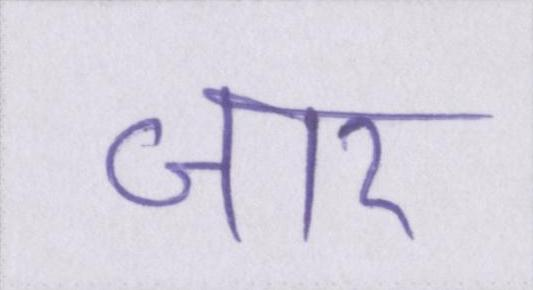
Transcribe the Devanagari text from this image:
जार